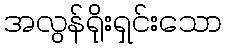
အလွန်ရိုးရှင်းသော